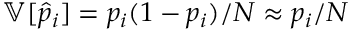
\mathbb { V } [ \hat { p } _ { i } ] = p _ { i } ( 1 - p _ { i } ) / N \approx p _ { i } / N